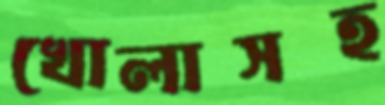
খোলাসহ